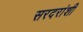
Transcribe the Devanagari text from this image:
सरदरांशी